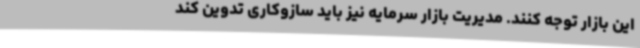
این بازار توجه کنند. مدیریت بازار سرمایه نیز باید سازوکاری تدوین کند